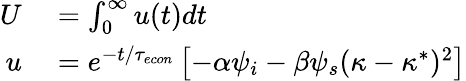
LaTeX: \begin{array}{rl}{U}&{{}=\int_{0}^{\infty}u(t)dt}\\ {u}&{{}=e^{-t/{\tau_{econ}}}\left[-\alpha\psi_{i}-\beta\psi_{s}(\kappa-\kappa^{*})^{2}\right]}\end{array}